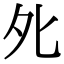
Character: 𡖅